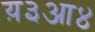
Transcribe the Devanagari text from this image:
य़३आ४